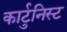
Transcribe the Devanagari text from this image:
कार्टुनिस्ट